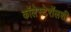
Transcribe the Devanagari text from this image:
कॉलेस्टेरॉलशी